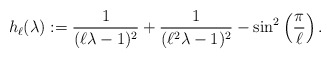
\begin{align*}h _\ell ( \lambda ) := \frac{1}{(\ell \lambda - 1) ^2} + \frac{1}{(\ell ^2 \lambda - 1) ^2} - \sin ^2 \left( \frac{\pi}{\ell} \right) .\end{align*}